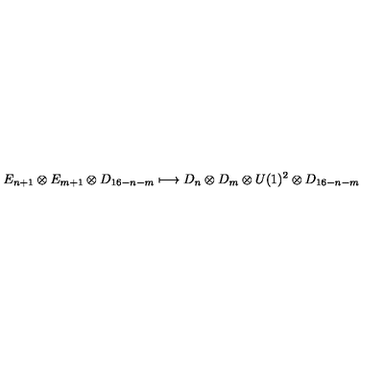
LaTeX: E _ { n + 1 } \otimes E _ { m + 1 } \otimes D _ { 1 6 - n - m } \longmapsto D _ { n } \otimes D _ { m } \otimes U ( 1 ) ^ { 2 } \otimes D _ { 1 6 - n - m }